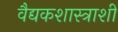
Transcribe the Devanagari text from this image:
वैद्यकशास्त्राशी